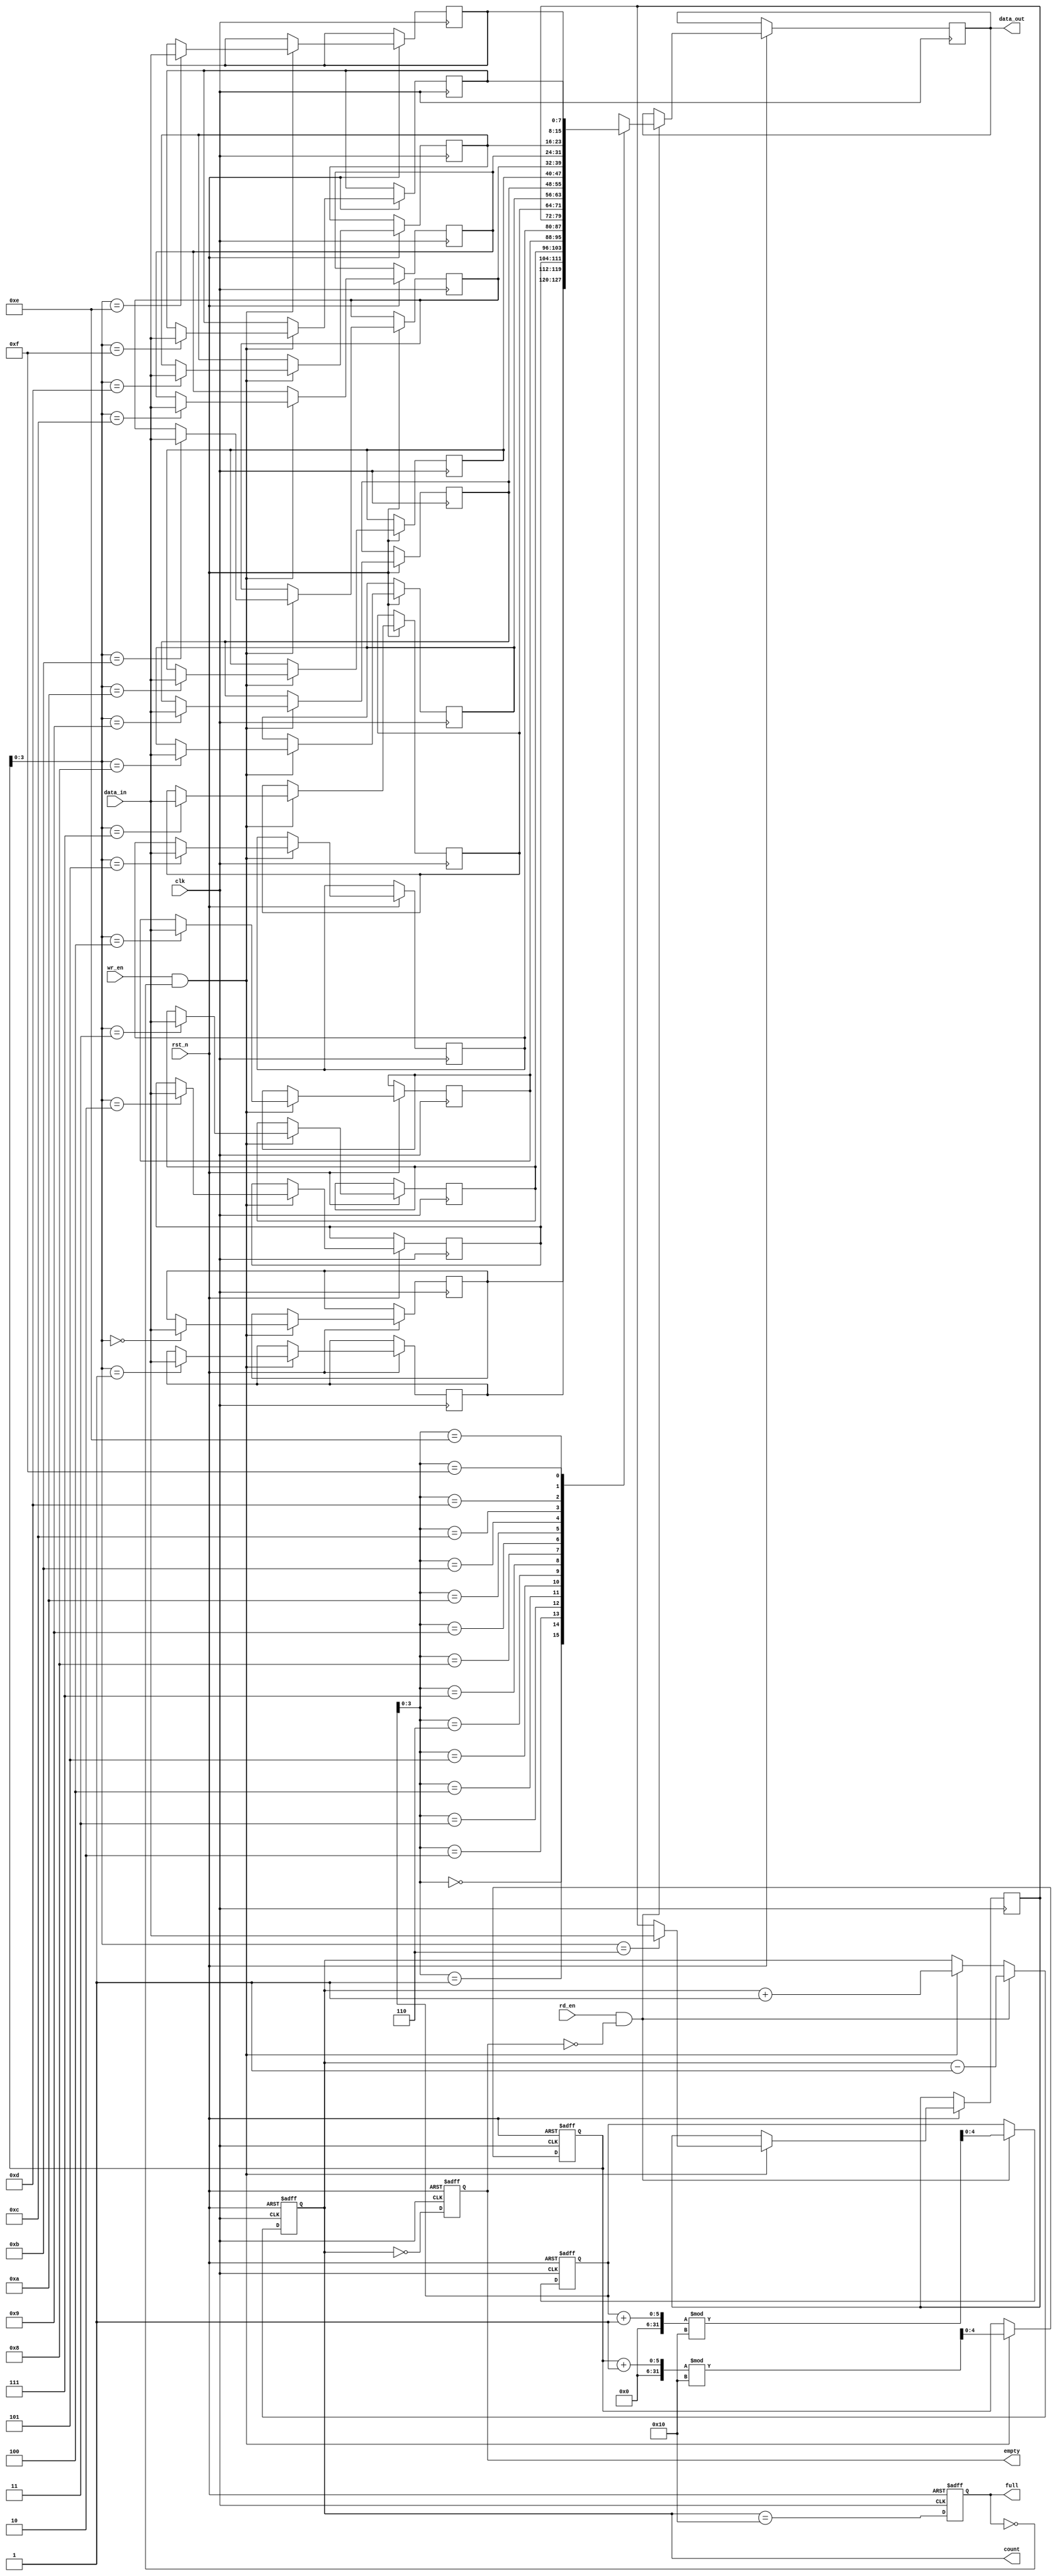
module parameterized_fifo #(
    parameter DATA_WIDTH = 8,   // Width of each data element in bits
    parameter FIFO_DEPTH = 16    // Total number of entries in the FIFO
) (
    input wire clk,              // Clock signal
    input wire rst_n,            // Asynchronous reset (active low)
    input wire wr_en,            // Write enable signal
    input wire rd_en,            // Read enable signal
    input wire [DATA_WIDTH-1:0] data_in, // Data input
    output reg [DATA_WIDTH-1:0] data_out, // Data output
    output reg full,             // Full flag
    output reg empty,            // Empty flag
    output reg [4:0] count       // Number of entries in the FIFO
);

    // Memory array
    reg [DATA_WIDTH-1:0] fifo_memory [0:FIFO_DEPTH-1];

    // Read and write pointers
    reg [4:0] wr_ptr;
    reg [4:0] rd_ptr;

    // Initial block for reset
    always @(posedge clk or negedge rst_n) begin
        if (!rst_n) begin
            wr_ptr <= 0;
            rd_ptr <= 0;
            full <= 0;
            empty <= 1;
            count <= 0;
        end else begin
            // Write logic
            if (wr_en && !full) begin
                fifo_memory[wr_ptr] <= data_in;  // Write data
                wr_ptr <= (wr_ptr + 1) % FIFO_DEPTH; // Increment write pointer
                count <= count + 1; // Increment count
            end
            
            // Read logic
            if (rd_en && !empty) begin
                data_out <= fifo_memory[rd_ptr]; // Read data
                rd_ptr <= (rd_ptr + 1) % FIFO_DEPTH; // Increment read pointer
                count <= count - 1; // Decrement count
            end
            
            // Update full and empty flags
            full <= (count == FIFO_DEPTH);
            empty <= (count == 0);
        end
    end

endmodule